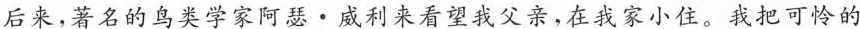
后来，著名的鸟类学家阿瑟·成利来看望我父亲，在我家小住。我把可怜的